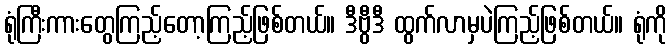
ရုံကြီးကားတွေကြည့်တော့ကြည့်ဖြစ်တယ်။ ဒီဗွီဒီ ထွက်လာမှပဲကြည့်ဖြစ်တယ်။ ရုံကို